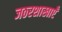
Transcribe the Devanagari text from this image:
जठरशाखाएँ